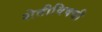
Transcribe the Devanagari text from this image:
शेतीविषयी